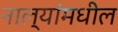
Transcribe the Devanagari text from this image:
नाल्यांमधील